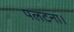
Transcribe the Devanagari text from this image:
पलटना।